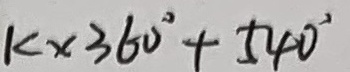
k \times 3 6 0 ^ { \circ } + 5 4 0 ^ { \circ }